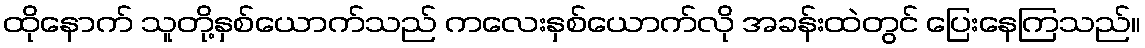
ထိုနောက် သူတို့နှစ်ယောက်သည် ကလေးနှစ်ယောက်လို အခန်းထဲတွင် ပြေးနေကြသည်။